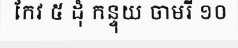
កែវ ៥ ដុំ កន្ទុយ ចាមរី ១០